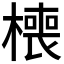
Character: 𰘧